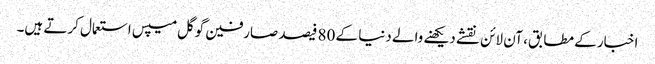
اخبار کے مطابق، آن لائن نقشے دیکھنے والے دنیا کے 80 فیصد صارفین گوگل میپس استعمال کرتے ہیں۔